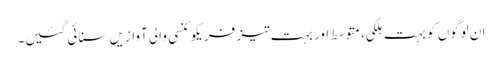
ان لوگوں کو بہت ہلکی، متوسط اور بہت تیز فریکوئنسی والی آوازیں سنائی گئیں۔